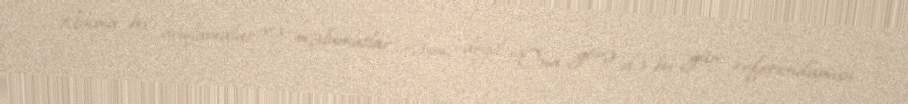
Amma bu açıqlamalar və məlumatlar rəsmi deyil: “Ona görə də bu gün referendumun